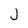
Character: J